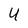
Character: U